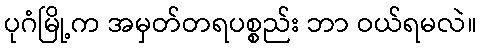
ပုဂံမြို့က အမှတ်တရပစ္စည်း ဘာ ဝယ်ရမလဲ။